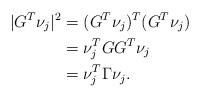
LaTeX: \begin{align*} | G^T \nu_j |^2 & = (G^T \nu_j)^T (G^T \nu_j) \\ & = \nu_j^T G G^T \nu_j \\ & = \nu_j^T \Gamma \nu_j. \end{align*}